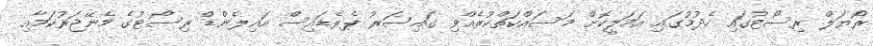
ރޯޔަލް ރިސޯޓުގައި ހެދުމުގައި އަމަލީކޮށް މަސައްކަތްކުރެއްވި ގައިސަރު ޕެރެޑައިސް އައިލެންޑް ރިސޯޓުގެ މެނޭޖަރުކަމާއި